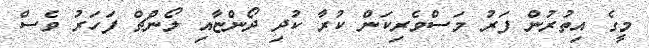
މީގެ އިތުރުން ފަރު މަސްވެރިކަން ކުރާ ކުދި ދޯންޏާއި ލޯންޗް ފަހަރު ވެސް